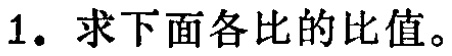
1. 求下面各比的比值。